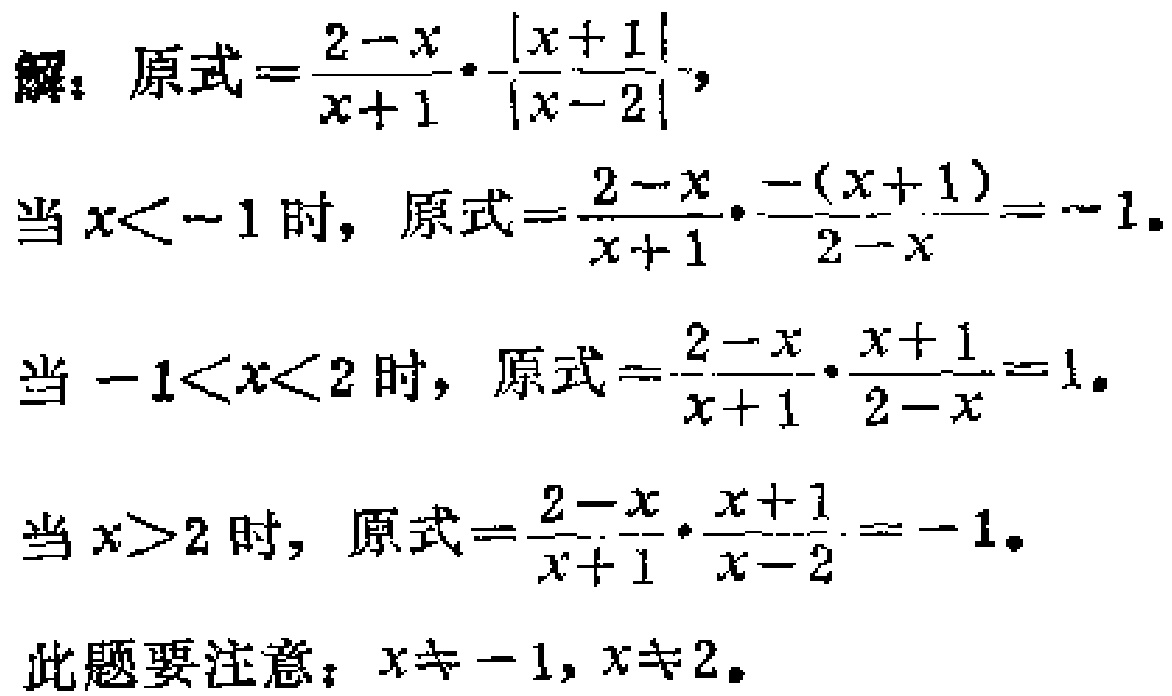
解：原式\(=\frac{2 - x}{x + 1}\cdot\frac{\vert x + 1\vert}{\vert x - 2\vert}\)，

当\(x < -1\)时，原式\(=\frac{2 - x}{x + 1}\cdot\frac{-(x + 1)}{2 - x}=-1\)。

当\(-1 < x < 2\)时，原式\(=\frac{2 - x}{x + 1}\cdot\frac{x + 1}{2 - x}=1\)。

当\(x > 2\)时，原式\(=\frac{2 - x}{x + 1}\cdot\frac{x + 1}{x - 2}=-1\)。

此题要注意：\(x\neq -1,x\neq 2\)。